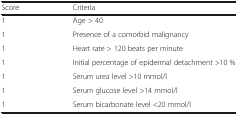
<table><thead><tr><td><b>Score</b></td><td><b>Criteria</b></td></tr></thead><tbody><tr><td>1</td><td>Age &gt; 40</td></tr><tr><td>1</td><td>Presence of a comorbid malignancy</td></tr><tr><td>1</td><td>Heart rate &gt; 120 beats per minute</td></tr><tr><td>1</td><td>Initial percentage of epidermal detachment &gt;10 %</td></tr><tr><td>1</td><td>Serum urea level &gt;10 mmol/l</td></tr><tr><td>1</td><td>Serum glucose level &gt;14 mmol/l</td></tr><tr><td>1</td><td>Serum bicarbonate level &lt;20 mmol/l</td></tr></tbody></table>